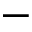
-